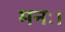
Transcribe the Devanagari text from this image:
मनः।